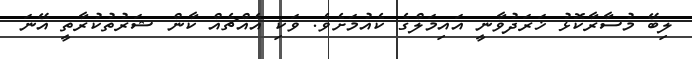
ލިބޭ މުސާރާކޮޅު ޚަރަދުވާނީ އައިމަލްގެ ކެއުމަށެވެ. ވަކި އެއްޗެއް ކާން ޝަރުތުކުރާތީ އޭނަ